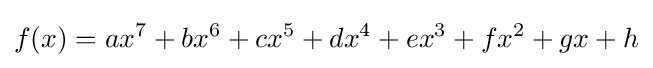
f(x)=ax^{7}+bx^{6}+cx^{5}+dx^{4}+ex^{3}+fx^{2}+gx+h